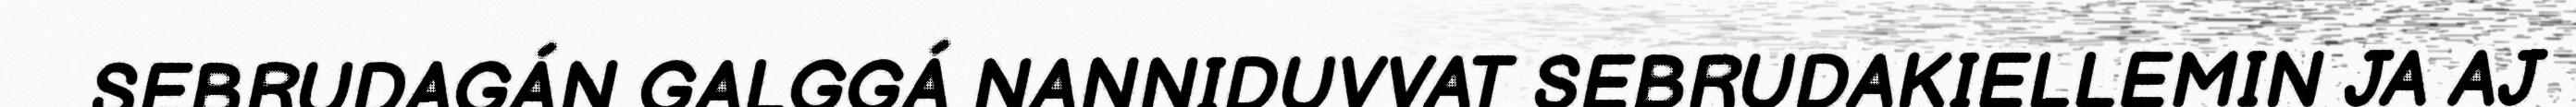
SEBRUDAGÁN GALGGÁ NANNIDUVVAT SEBRUDAKIELLEMIN JA AJ